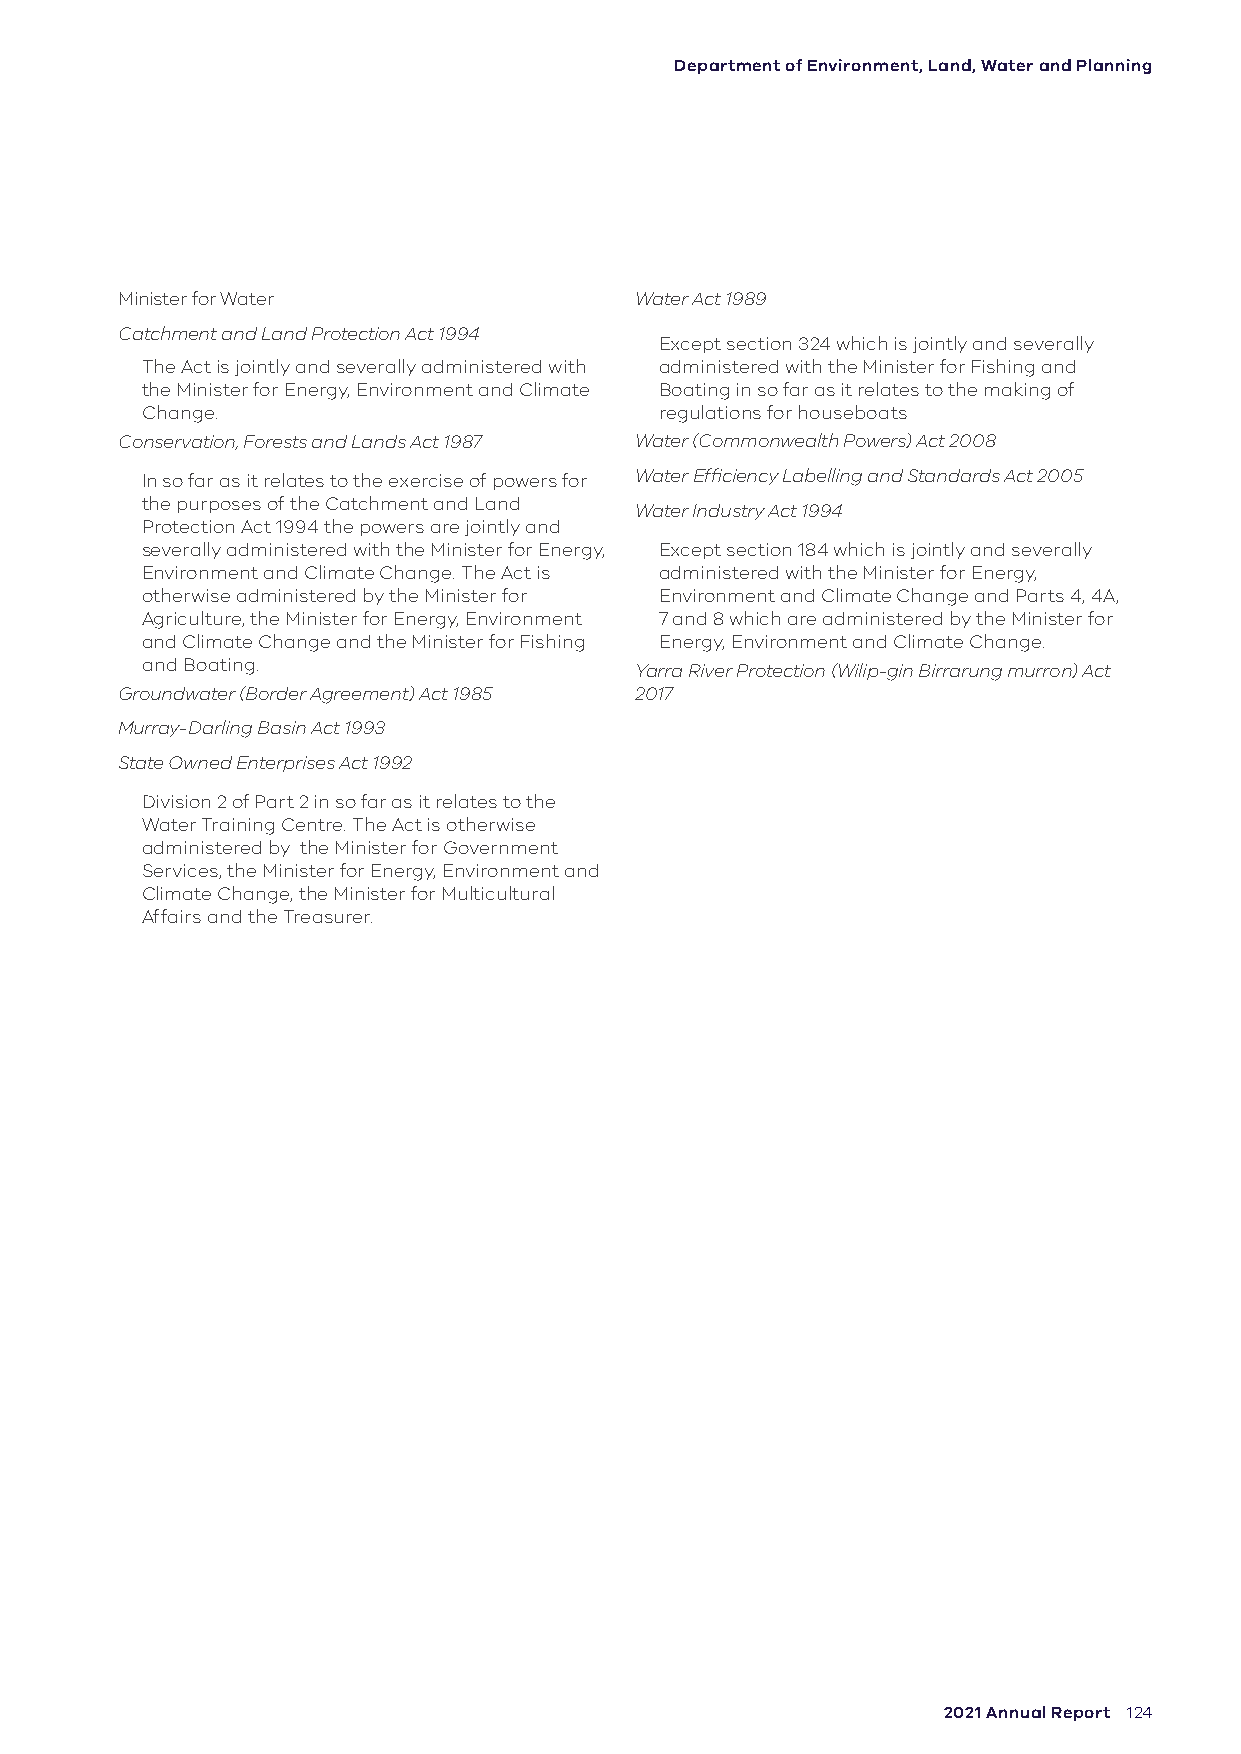
Department of Environment, Land, Water and Planning
 Minister for Water                Water Act 1989
 Catchment and Land Protection Act 1994
 Except section 324 which is jointly and severally
 The Act is jointly and severally administered with administered with the Minister for Fishing and
 the Minister for Energy, Environment and Climate Boating in so far as it relates to the making of
 Change.                            regulations for houseboats
 Conservation, Forests and Lands Act 1987 Water (Commonwealth Powers) Act 2008
 In so far as it relates to the exercise of powers for Water Efficiency Labelling and Standards Act 2005
 the purposes of the Catchment and Land
 Water Industry Act 1994
 Protection Act 1994 the powers are jointly and
 severally administered with the Minister for Energy, Except section 184 which is jointly and severally
 Environment and Climate Change. The Act is administered with the Minister for Energy,
 otherwise administered by the Minister for Environment and Climate Change and Parts 4, 4A,
 Agriculture, the Minister for Energy, Environment 7 and 8 which are administered by the Minister for
 and Climate Change and the Minister for Fishing Energy, Environment and Climate Change.
 and Boating.                     Yarra River Protection (Wilip-gin Birrarung murron) Act
 Groundwater (Border Agreement) Act 1985 2017
 Murray-Darling Basin Act 1993
 State Owned Enterprises Act 1992
 Division 2 of Part 2 in so far as it relates to the
 Water Training Centre. The Act is otherwise
 administered by the Minister for Government
 Services, the Minister for Energy, Environment and
 Climate Change, the Minister for Multicultural
 Affairs and the Treasurer.
 2021 Annual Report 124